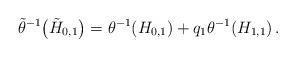
LaTeX: \begin{align*}\tilde\theta^{-1}\bigl(\tilde H_{0,1} \bigr)&=\theta^{-1}(H_{0,1})+q_1\theta^{-1}(H_{1,1})\,.\end{align*}